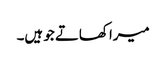
میرا کھاتے جو ہیں۔